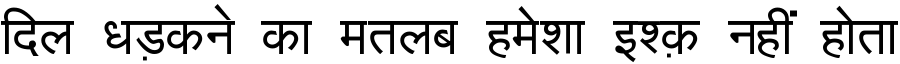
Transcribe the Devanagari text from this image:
दिल धड़कने का मतलब हमेशा इश्क़ नहीं होता